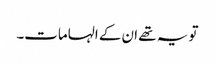
تو یہ تھے ان کے الہامات۔